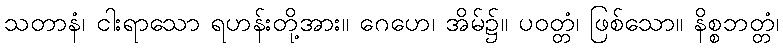
သတာနံ၊ ငါးရာသော ရဟန်းတို့အား။ ဂေဟေ၊ အိမ်၌။ ပဝတ္တံ၊ ဖြစ်သော။ နိစ္စဘတ္တံ၊